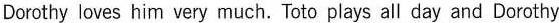
Dorothy loves him very much. Toto plays all day and Dorothy